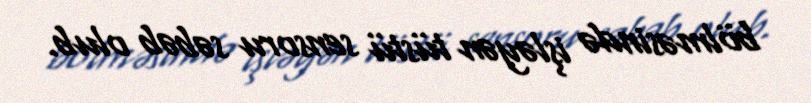
bölməsində işləyən tüstü sensoru səbəb olub.